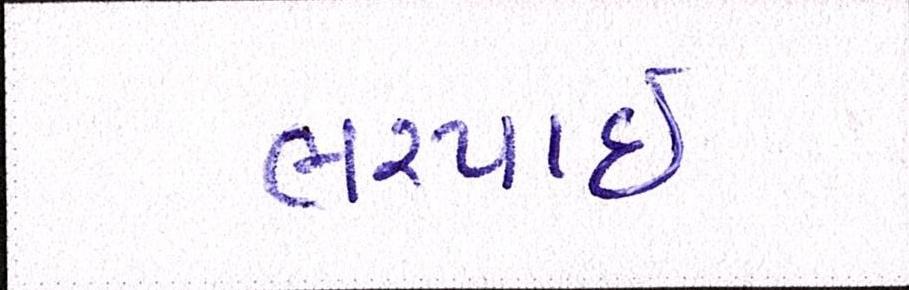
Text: ભરપાઈ